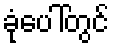
ခုံပေါ်တွင်